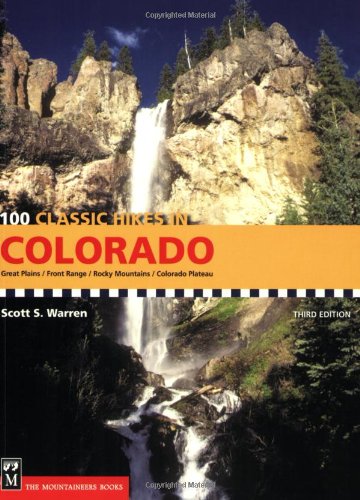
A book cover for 100 Classic Hikes Colorado; Scott S. Warren; Sports & Outdoors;